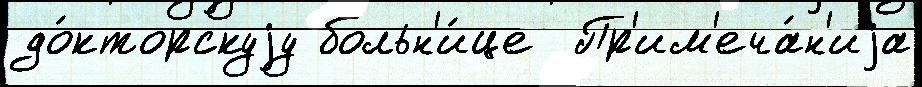
до́кторскуjу больн'и́це  Пр'им'еча́н'иjа